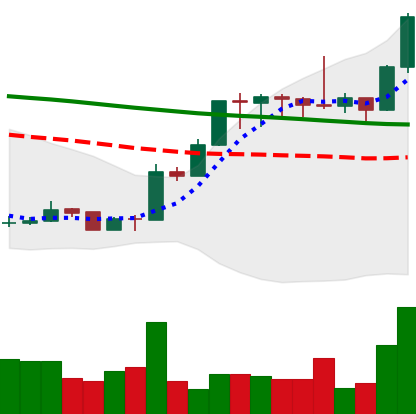
Ticker: XMR-USD
Chart end date: 2020-01-15
Forward return: -4.901%
Label: down_3_5